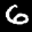
Label: 6